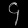
Digit: ၄